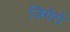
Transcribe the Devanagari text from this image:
जिगेरो